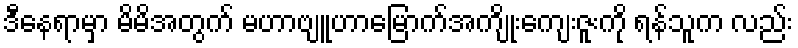
ဒီနေရာမှာ မိမိအတွက် မဟာဗျူဟာမြောက်အကျိုးကျေးဇူးကို ရန်သူက လည်း